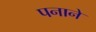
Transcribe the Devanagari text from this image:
पनाने